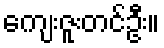
ကျေးဇူးတင်ဦး။